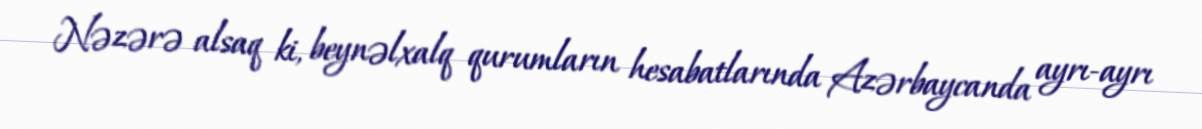
Nəzərə alsaq ki, beynəlxalq qurumların hesabatlarında Azərbaycanda ayrı-ayrı